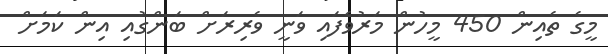
މީގެ ތެއިން 450 މީހުން މަރުވެފައި ވަނީ ވެރިރަށް ބަންގުއި އިން ކަމަށް